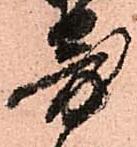
寄